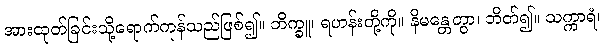
အားထုတ်ခြင်းသို့ရောက်ကုန်သည်ဖြစ်၍။ ဘိက္ခူ၊ ရဟန်းတို့ကို။ နိမန္တေတွာ၊ ဘိတ်၍။ သက္ကာရံ၊